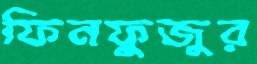
ফিনফুজুর